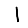
Digit: 1